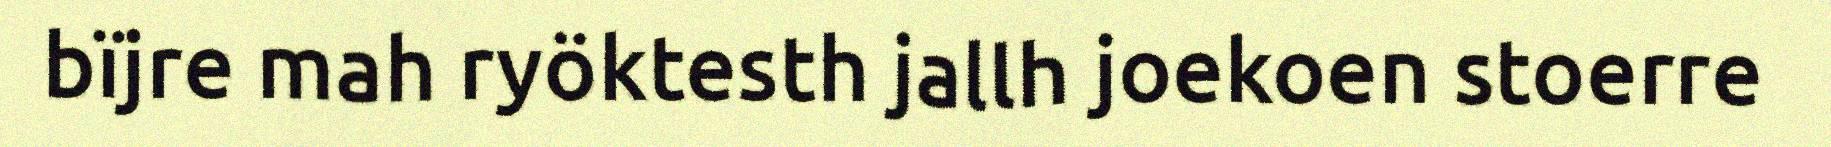
bïjre mah ryöktesth jallh joekoen stoerre